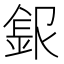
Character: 𲇆